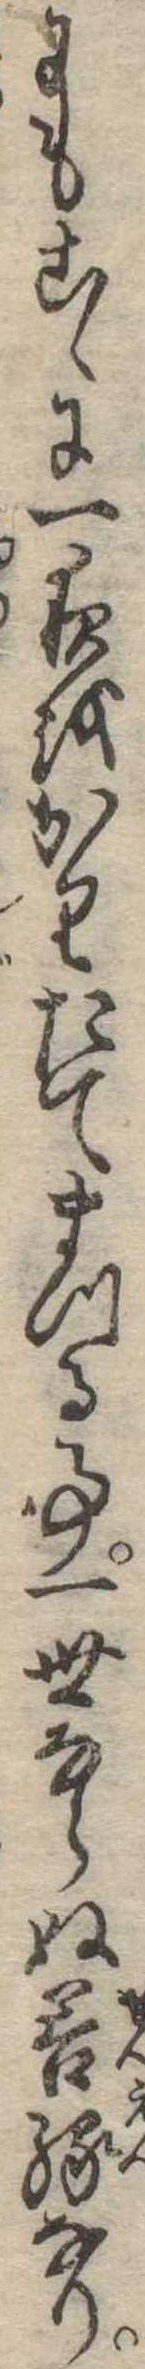
にもこゝに一夜をかりたてまつる事一世ならぬ善縁なり